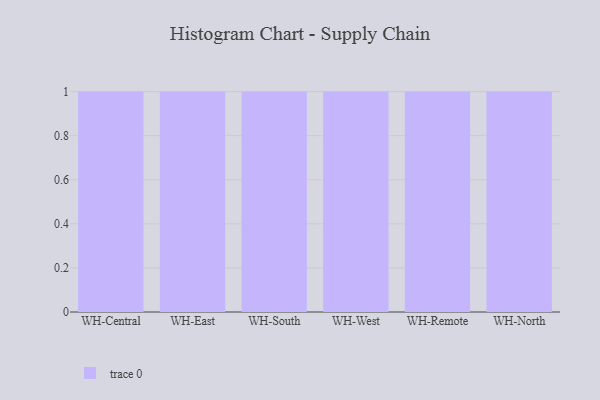
{"axis": {"x": "Warehouse", "y": "Shipments"}, "legend": [""], "data": [{"x": "WH-Central", "y": 67, "type": ""}, {"x": "WH-East", "y": 85, "type": ""}, {"x": "WH-South", "y": 20, "type": ""}, {"x": "WH-West", "y": 19, "type": ""}, {"x": "WH-Remote", "y": 29, "type": ""}, {"x": "WH-North", "y": 35, "type": ""}]}